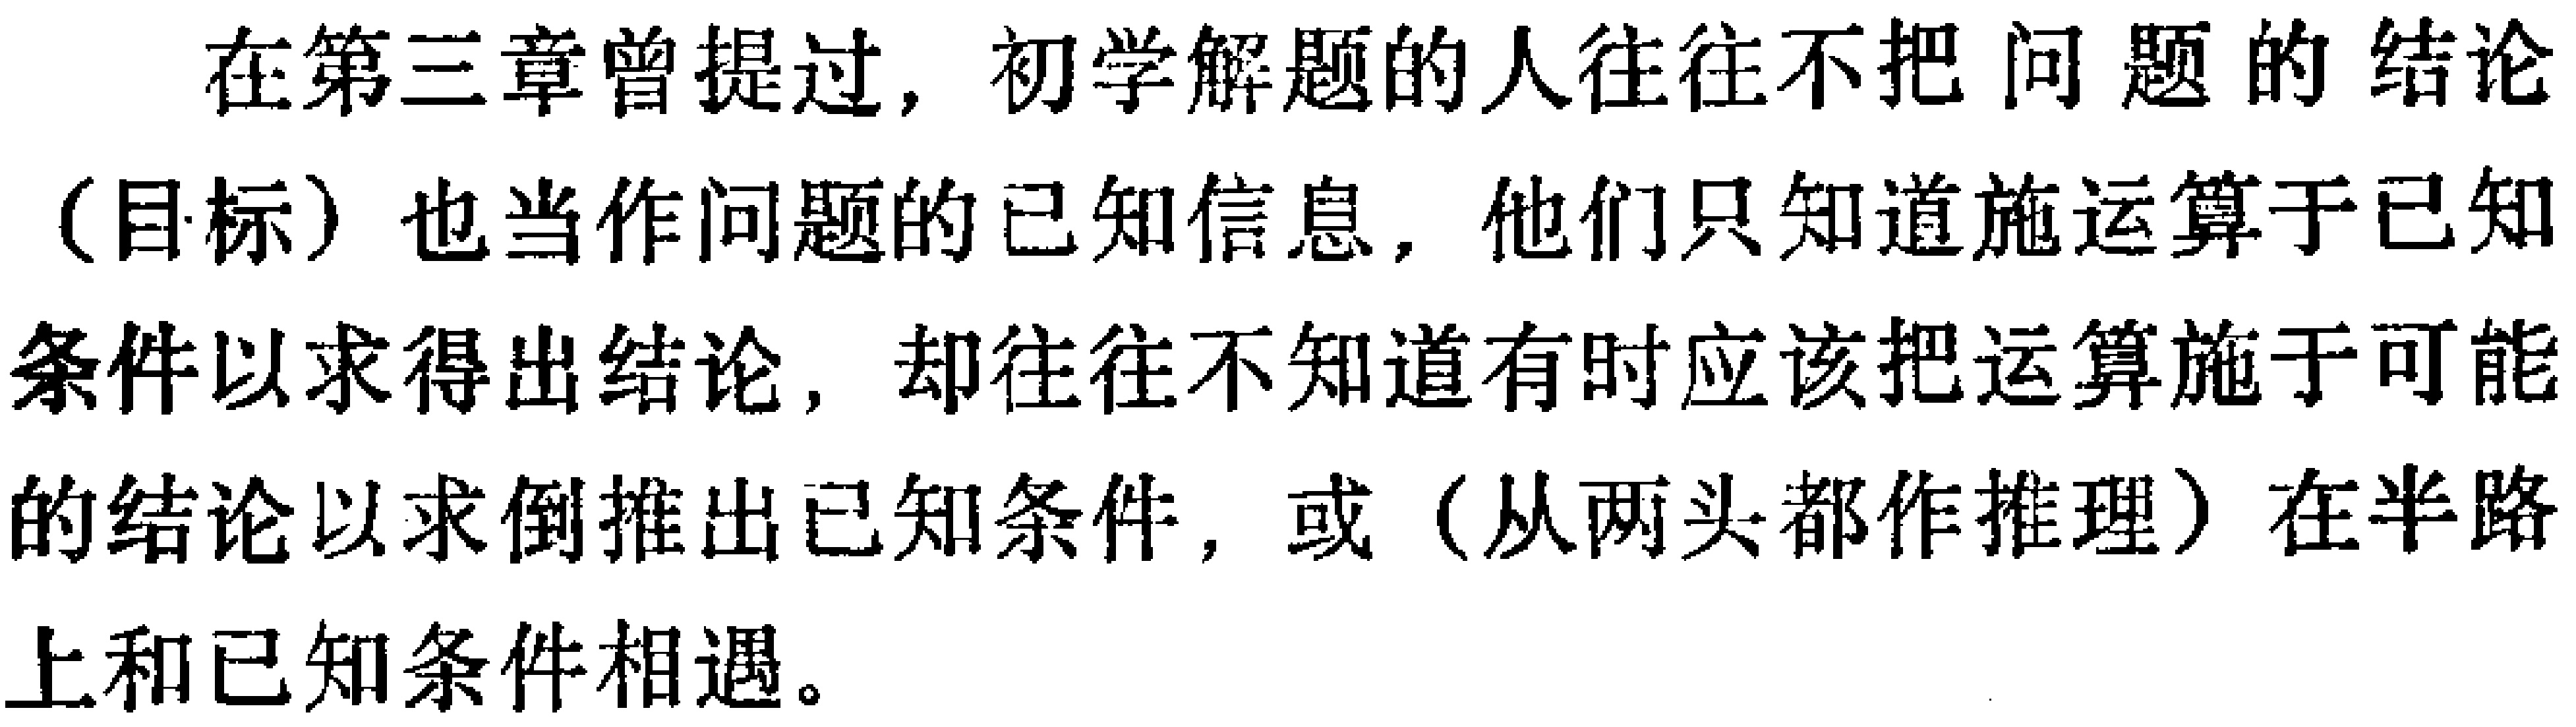
在第三章曾提过，初学解题的人往往不把问题的结论（目标）也当作问题的已知信息，他们只知道施运算于已知条件以求得出结论，却往往不知道有时应该把运算施于可能的结论以求倒推出已知条件，或（从两头都作推理）在半路上和已知条件相遇。